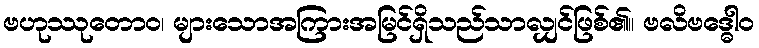
ဗဟုဿုတောဝ၊ များသောအကြားအမြင်ရှိသည်သာလျှင်ဖြစ်၏။ ဗလိဗဒ္ဓေါဝ